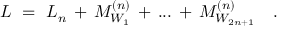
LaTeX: { \cal L } \ = \ { \cal L } _ { n } \, + \, M _ { W _ { 1 } } ^ { ( n ) } \, + \, . . . \, + \, M _ { W _ { 2 n + 1 } } ^ { ( n ) } \ \ \ .